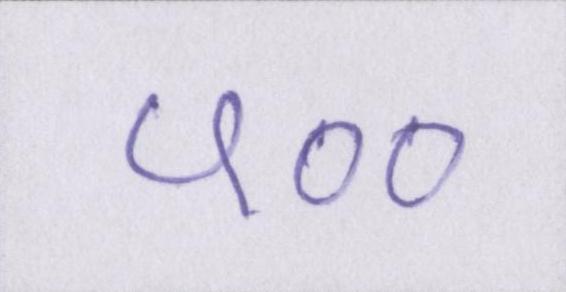
५००